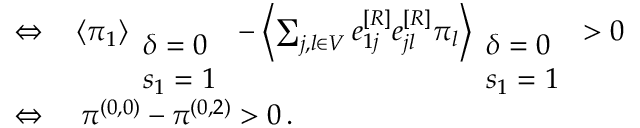
\begin{array} { r l } { \Leftrightarrow } & { { } \left\langle \pi _ { 1 } \right\rangle _ { \begin{array} { l } { \delta = 0 } \\ { s _ { 1 } = 1 } \end{array} } - \left\langle \sum _ { j , l \in V } e _ { 1 j } ^ { [ R ] } e _ { j l } ^ { [ R ] } \pi _ { l } \right\rangle _ { \begin{array} { l } { \delta = 0 } \\ { s _ { 1 } = 1 } \end{array} } > 0 } \\ { \Leftrightarrow } & { { } ~ \pi ^ { ( 0 , 0 ) } - \pi ^ { ( 0 , 2 ) } > 0 \, . } \end{array}